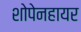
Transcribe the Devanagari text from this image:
शोपेनहायर